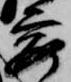
要